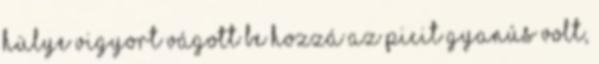
hülye vigyort vágott be hozzá az picit gyanús volt,